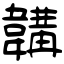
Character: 韝